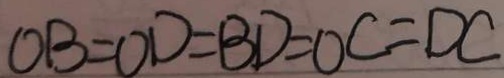
O B = O D = B D = O C = D C